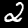
Digit: 2